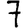
Digit: 7